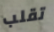
تقلب